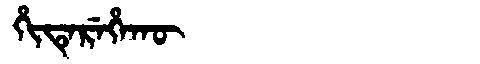
Manchu: ᡥᡳᡨᡝᡵᡝᡥᠠᡴᡡ
Romanization: HITEREHAKŪ